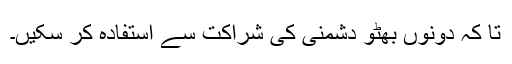
تا کہ دونوں بھٹو دشمنی کی شراکت سے استفادہ کر سکیں۔